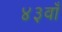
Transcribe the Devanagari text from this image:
४३वाँ